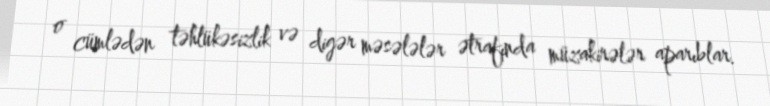
o cümlədən təhlükəsizlik və digər məsələlər ətrafında müzakirələr aparıblar.